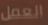
العمل